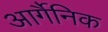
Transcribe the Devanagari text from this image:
आर्गैनिक